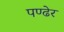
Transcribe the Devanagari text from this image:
पण्ढेर